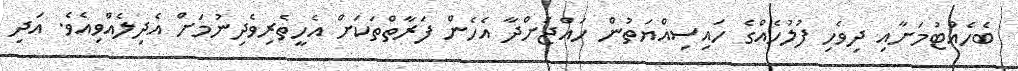
ބެހެއްޓުމަށާއި ދިވެހި ފުލުހެއްގެ ހައިސިއްޔަތުން ހައްޖަށްދާ އެހެން ފަރާތްތަކަށް އެހީތެރިވެދިނުމަށް އެދިލެއްވިއެވެ. އަދި